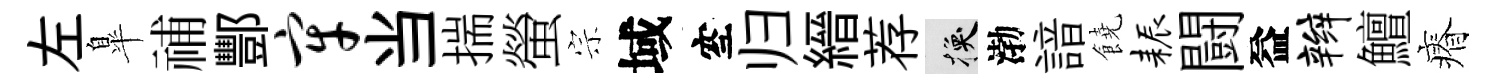
左臯𥙷酆牢当揣螢宗域空归縉荐换渤諳饒耨闘益辫鱣瘠